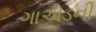
ગાએડની